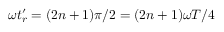
\omega t _ { r } ^ { \prime } = ( 2 n + 1 ) \pi / 2 = ( 2 n + 1 ) \omega T / 4